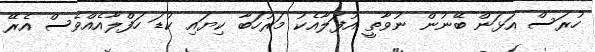
ހުރަސް އަޅަން ބޭނުން ނުވާތީ އުފަލާއެކު މަރުހަބާ ކިޔައި ކުޑަ ހަފްލާއެއްވެސް އެރޭ